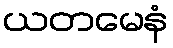
ယတမေနံ